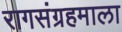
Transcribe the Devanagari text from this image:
रागसंग्रहमाला